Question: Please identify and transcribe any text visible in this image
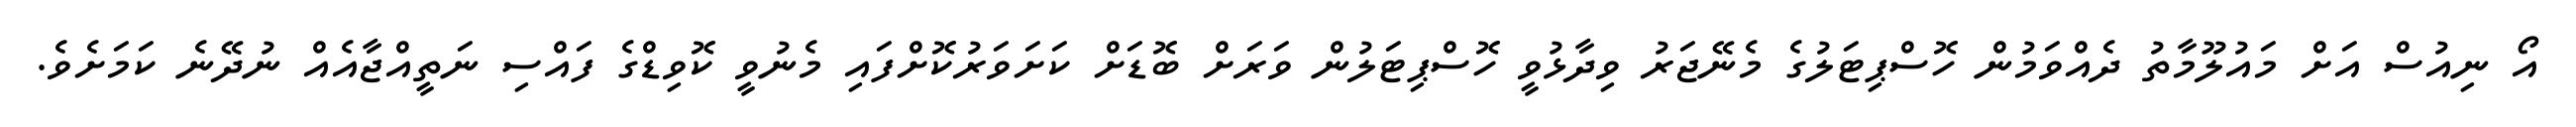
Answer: އޯ ނިއުސް އަށް މައުލޫމާތު ދެއްވަމުން ހޮސްޕިޓަލުގެ މެނޭޖަރު ވިދާޅުވީ ހޮސްޕިޓަލުން ވަރަށް ބޮޑަށް ކަށަވަރުކޮށްފައި މެނުވީ ކޮވިޑްގެ ފައްސި ނަތީއްޖާއެއް ނުދޭނެ ކަމަށެވެ.